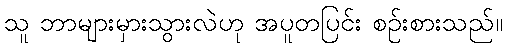
သူ ဘာများမှားသွားလဲဟု အပူတပြင်း စဉ်းစားသည်။